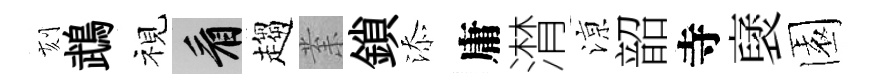
刻鵡視看趨𭪙鎖添庸潸鿌韶寺裦園